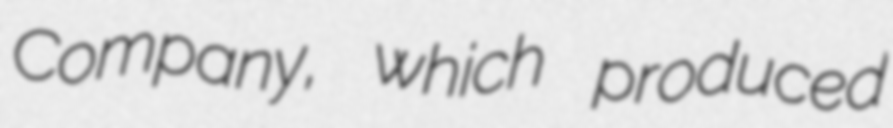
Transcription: Company, which produced